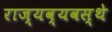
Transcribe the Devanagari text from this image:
राज्यव्यवस्थे